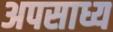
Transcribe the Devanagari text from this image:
अपसाध्य